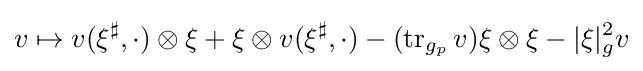
v\mapsto v(\xi ^{\sharp },\cdot )\otimes \xi +\xi \otimes v(\xi ^{\sharp },\cdot )-(\operatorname {tr} _{g_{p}}v)\xi \otimes \xi -|\xi |_{g}^{2}v